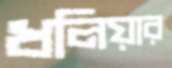
ধলিয়ার